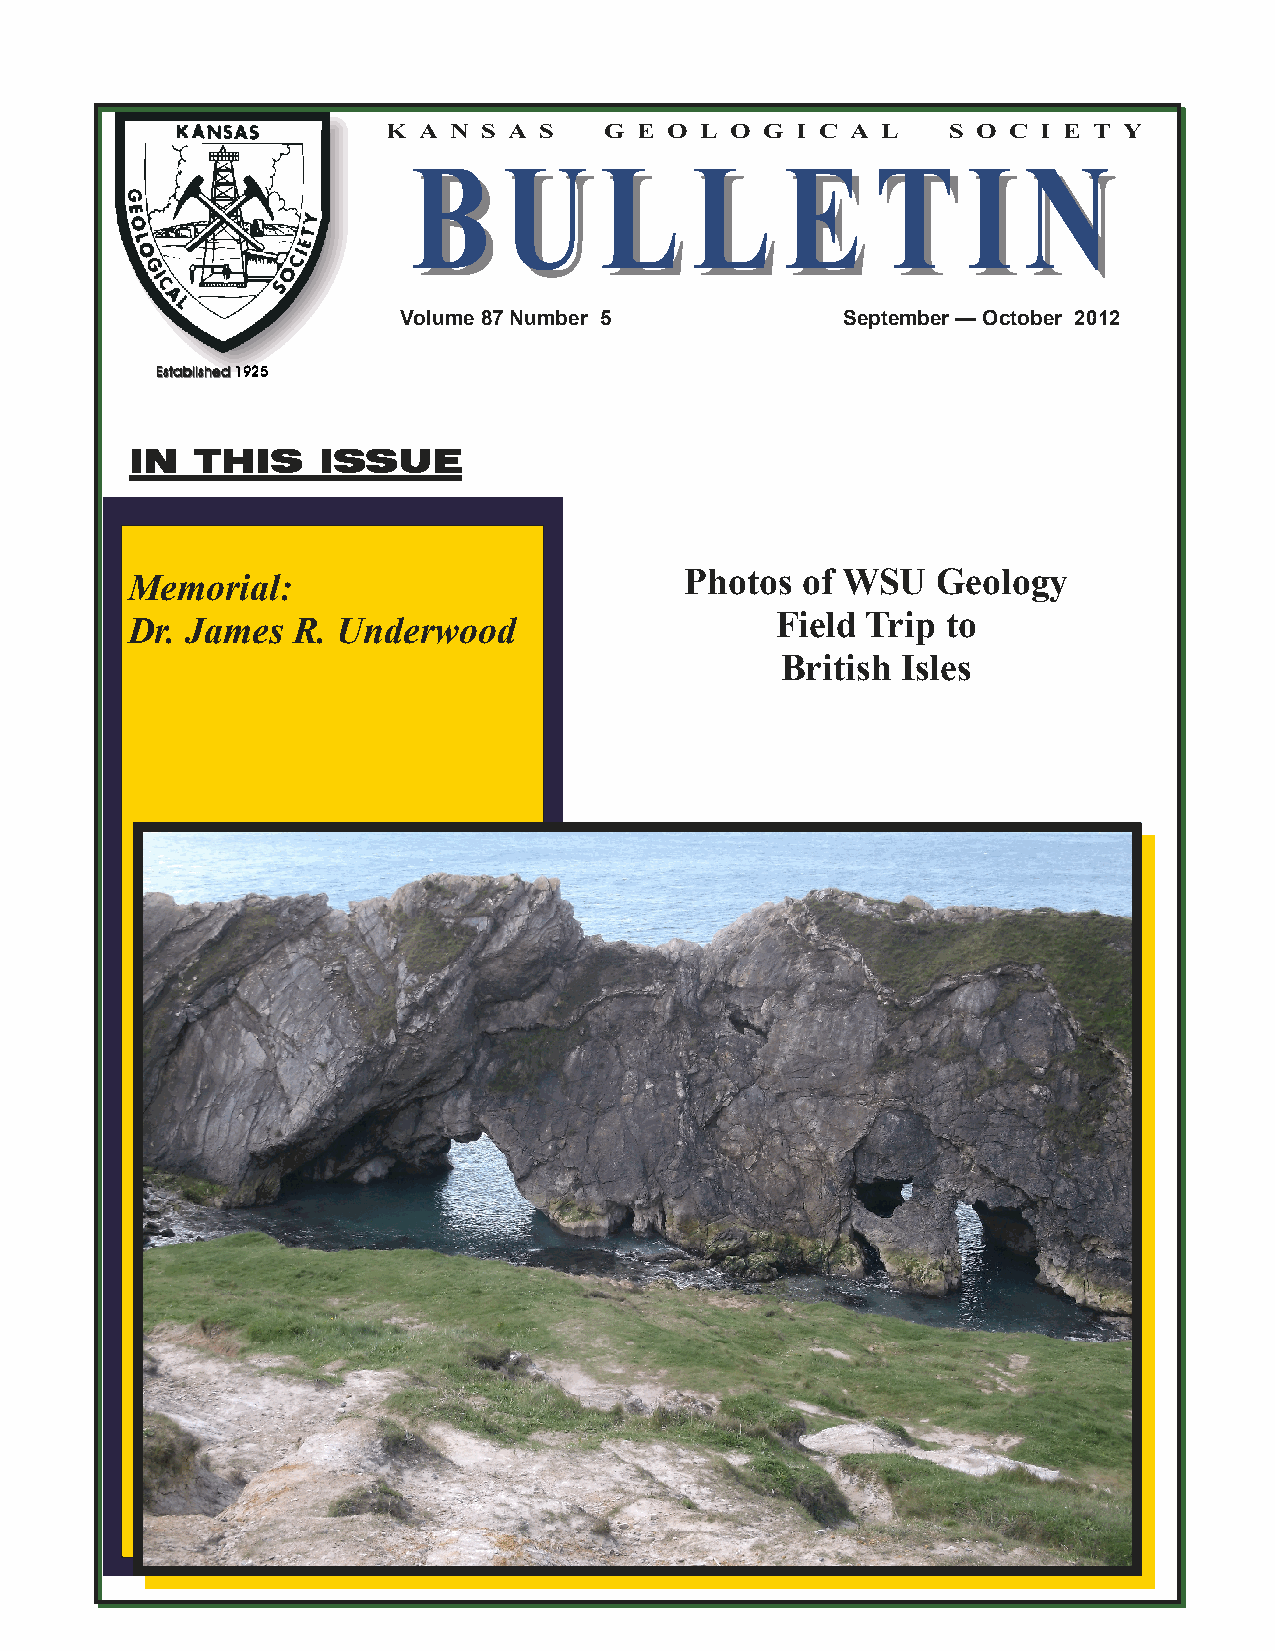
K A N S A S   G E O L O  G I C A L   S O C I E T Y
 B     U      L     L     E     T     I   N
 B     U     L     L     E     T     I   N
 Volume 87 Number 5            September — October 2012
 EEEEEEEEssssssssttttttttaaaaaaaabbbbbbbblllllllliiiiiiiisssssssshhhhhhhheeeeeeeedddddddd 1111999922225555
 IIIINNNN TTTTHHHHIIIISSSS IIIISSSSSSSSUUUUEEEE
 Memorial:                            Photos  of WSU   Geology
 Dr. James  R. Underwood                    Field Trip  to
 British Isles
 1